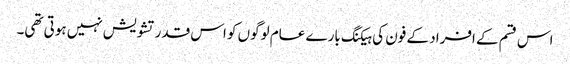
اس قسم کے افراد کے فون کی ہیکنگ بارے عام لوگوں کو اس قدر تشویش نہیں ہوتی تھی۔